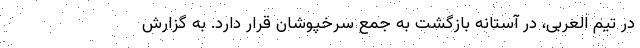
در تیم العربی، در آستانه بازگشت به جمع سرخپوشان قرار دارد. به گزارش